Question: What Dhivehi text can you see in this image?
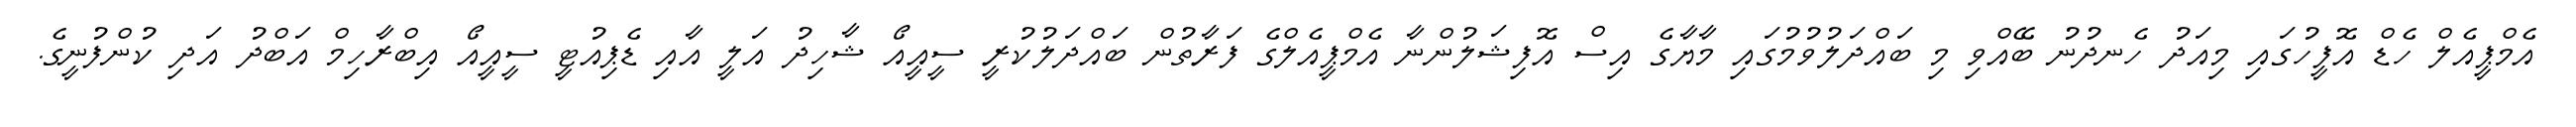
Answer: އެމްޕީއެލް ހެޑް އޮފީހުގައި މިއަދު ހެނދުނު ބޭއްވި މި ބައްދަލުވުމުގައި މާޔާގެ އިސް އޮފިޝަލުންނާ އެމްޕީއެލްގެ ފަރާތުން ބައްދަލުކުރީ ސީއީއޯ ޝާހިދު އަލީ އާއި ޑެޕިއުޓީ ސީއީއޯ އިބްރާހިމް އަބްދު އަދި ކުންފުނީގެ.